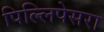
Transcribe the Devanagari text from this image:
पिल्लिपेसरा